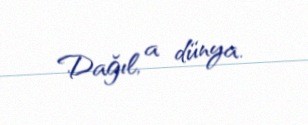
Dağıl, a dünya.